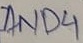
Text: AND4